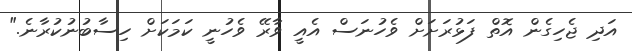
އަދި ޖެހިގެން އޮތް ފަޅުރަށަށް ވެހުނަސް އެއީ ވާރޭ ވެހުނީ ކަމަކަށް ހިސާބުނުކުރާނެ."